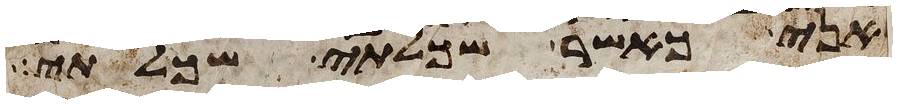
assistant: ואני כאשר שכלתי שכלתי